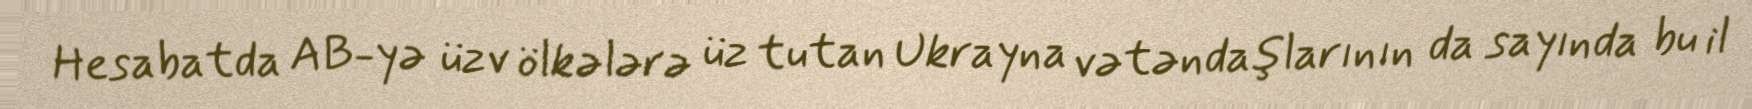
Hesabatda AB-yə üzv ölkələrə üz tutan Ukrayna vətəndaşlarının da sayında bu il